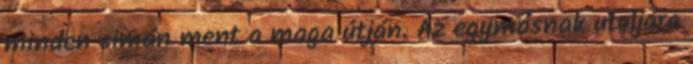
minden simán ment a maga útján. Az egymásnak utoljára